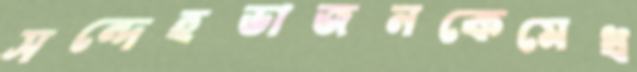
সন্দেহভাজনকেমেধ